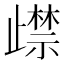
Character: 𭭵